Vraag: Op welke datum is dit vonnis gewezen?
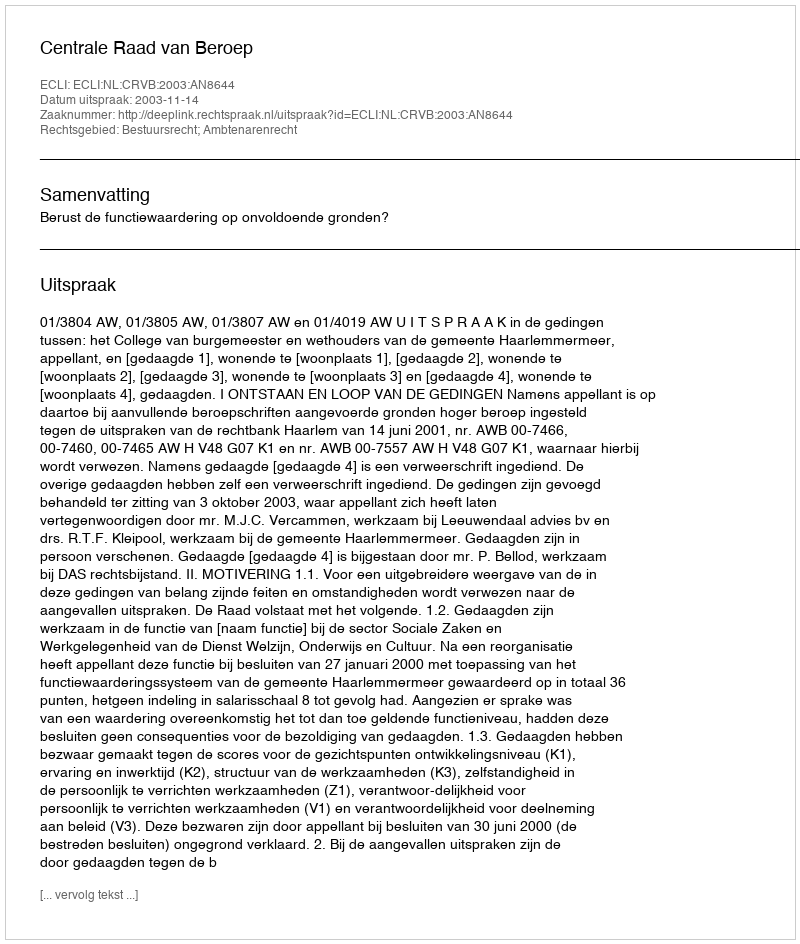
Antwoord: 2003-11-14